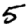
Digit: 5